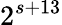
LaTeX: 2^{s+13}